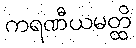
ကရဏီယမတ္ထိ